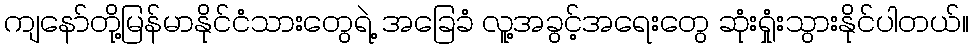
ကျနော်တို့မြန်မာနိုင်ငံသားတွေရဲ့ အခြေခံ လူ့အခွင့်အရေးတွေ ဆုံးရှုံးသွားနိုင်ပါတယ်။